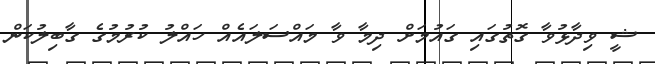
ޝީ ވިދާޅުވާ ގޮތުގައި ގައުމަށް ދިމާ ވާ މައްސަލައެއް ހައްލު ކުރުމުގެ ގާބިލުކަން